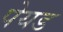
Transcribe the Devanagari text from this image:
पेयड